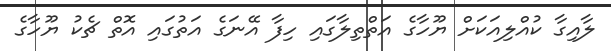
ލާއިގާ ކުއްލިއަކަށް ޔޫހާގެ އަތްތިލާގައި ހިފާ އޭނަގެ އަތުގައި އޮތް ޗެކު ޔޫހާގެ